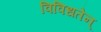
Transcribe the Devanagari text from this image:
विविधतेन्